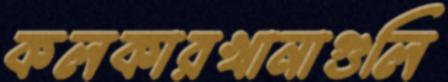
কলকারখানাগুলি